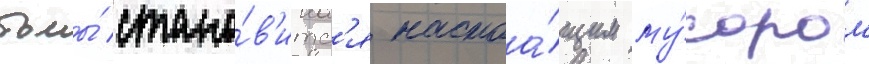
тьмы́ стано́в'итс'я настоа́щим му́сором